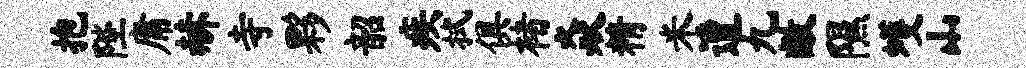
抱陛庸赫寺夥韶疾拭俱楮焱精米遭九敝隰蠖山